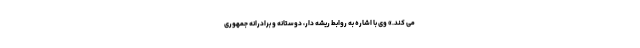
می کند.» وی با اشاره به روابط ریشه دار، دوستانه و برادرانه جمهوری